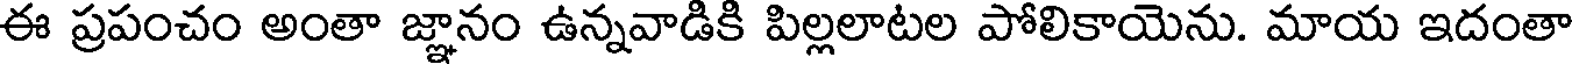
ఈ ప్రపంచం అంతా జ్ఞానం ఉన్నవాడికి పిల్లలాటల పోలికాయెను. మాయ ఇదంతా